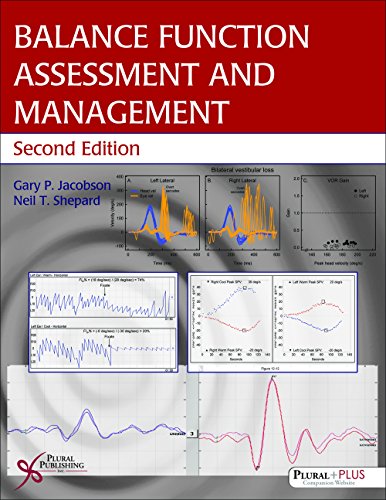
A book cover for Balance Function Assessment and Management; Gary P. Jacobson; Medical Books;